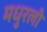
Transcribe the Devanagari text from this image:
मधुरली